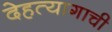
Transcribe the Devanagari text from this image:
देहत्यागाची